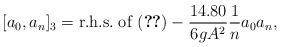
\begin{align*}[a_{0},a_{n}]_{3}={\rm r.h.s. \; of \;}(\ref{explicit})-{14.80 \over 6gA^{2}}{1 \over n}a_{0}a_{n},\end{align*}